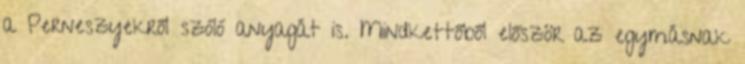
a Perneszyekről szóló anyagát is. Mindkettőből először az egymásnak